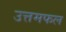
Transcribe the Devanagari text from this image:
उत्तमफल